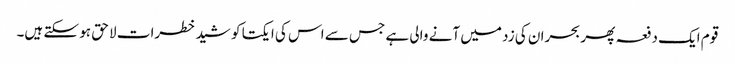
قوم ایک دفعہ پھر بحران کی زد میں آنے والی ہے جس سے اس کی ایکتا کو شید خطرات لا حق ہو سکتے ہیں۔